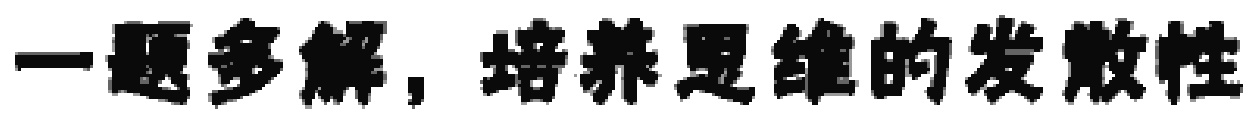
一题多解，培养思维的发散性